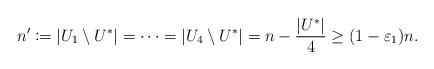
LaTeX: \begin{align*}n'\coloneqq |U_1\setminus U^*|=\dots=|U_4\setminus U^*|=n-\frac{|U^*|}{4}\geq (1-\varepsilon_1)n.\end{align*}